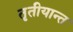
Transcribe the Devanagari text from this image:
तृतीयान्त